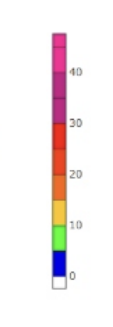
Blue: 0 to 5
Green: 5 to 10
Yellow: 10 to 15
Orange: 15 to 20
Dark Orange: 20 to 25
Red: 25 to 30
Magenta: 30 to 40
Pink: 40 to 58